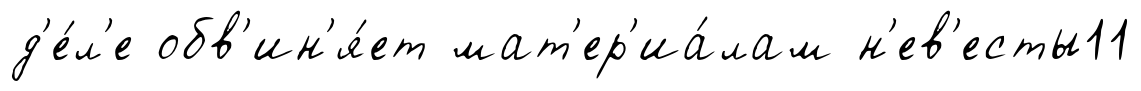
д'е́л'е обв'ин'я́ет мат'ер'иа́лам н'ев'есты11